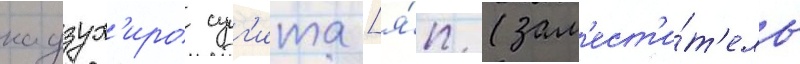
кадзух'иро суг'ита [я́п. (зам'ест'и́т'ель